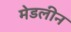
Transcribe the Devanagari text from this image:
मेडलीन